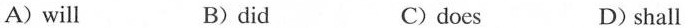
A)will B)did C)does D) shall